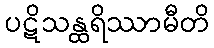
ပဋိသန္ထရိဿာမီတိ